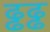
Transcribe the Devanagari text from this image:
ढ्ढढ्ढ